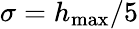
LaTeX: \sigma=h_{\mathrm{max}}/5